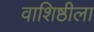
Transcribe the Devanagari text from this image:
वाशिष्ठीला